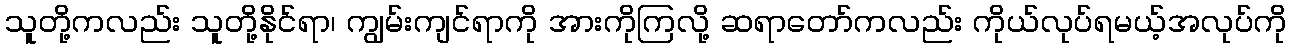
သူတို့ကလည်း သူတို့နိုင်ရာ၊ ကျွမ်းကျင်ရာကို အားကိုကြလို့ ဆရာတော်ကလည်း ကိုယ်လုပ်ရမယ့်အလုပ်ကို